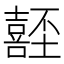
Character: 𡄂